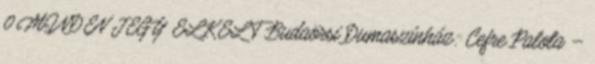
0 MINDEN JEGY ELKELT Budaörsi Dumaszínház: Cefre Palota –